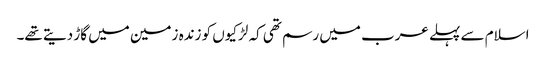
اسلام سے پہلے عرب میں رسم تھی کہ لڑکیوں کو زندہ زمین میں گاڑ دیتے تھے۔